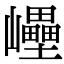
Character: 㠥